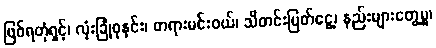
ဖြစ်ရတုံရှင့်၊ လုံးခြုံစုနှင်း၊ တရားမင်းဝယ်၊ သီတင်းမြတ်ငွေ့၊ နည်းများတွေ့မူ၊